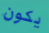
يكون